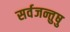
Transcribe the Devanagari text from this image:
सर्वजन्तुषु